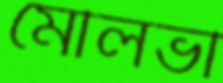
মৌলভী